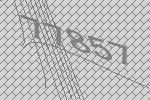
77857